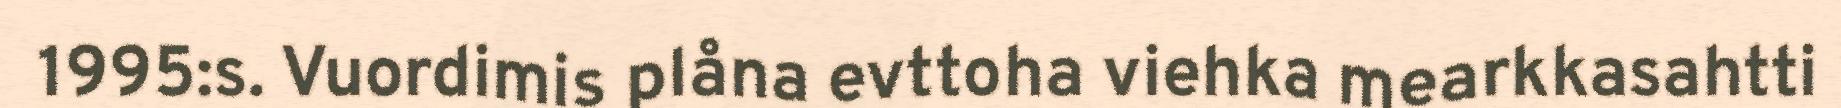
1995:s. Vuordimis plåna evttoha viehka mearkkasahtti